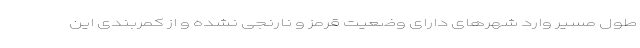
طول مسیر وارد شهرهای دارای وضعیت قرمز و نارنجی نشده و از کمربندی این